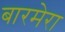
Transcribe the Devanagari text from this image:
बारमेरा